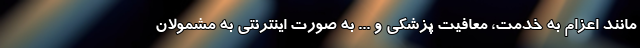
مانند اعزام به خدمت، معافیت پزشکی و ... به صورت اینترنتی به مشمولان